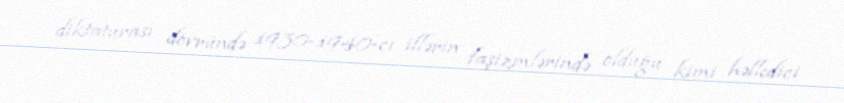
diktaturası dövründə 1930-1940-cı illərin faşizmlərində olduğu kimi həlledici